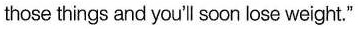
those things and you'l soon lose weight."